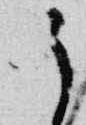
之